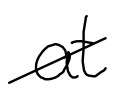
Text: at
Cross-out: diagonal
Writing tool: digital_black